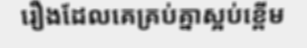
រឿងដែលគេគ្រប់គ្នាស្អប់ខ្ពើម